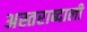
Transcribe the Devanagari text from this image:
अस्तराब्दाली